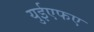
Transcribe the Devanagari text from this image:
युईएफए